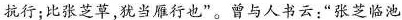
抗行；比张芝草，犹当雁行也”。曾人书云：”张芝临池